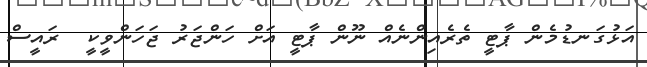
އަޅުގަނޑުމެން ޕާޓީ ތެރެއިންނެއް ނޫން ޕާޓީ އަށް ހަންޖަރު ޖަހަންވީކީ  ރައީސް